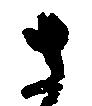
さ